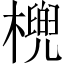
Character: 𣘛